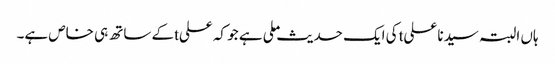
ہاں البتہ سیدنا علیtکی ایک حدیث ملی ہے جو کہ علیtکے ساتھ ہی خاص ہے۔